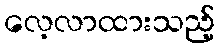
လေ့လာထားသည့်